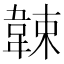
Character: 𩎯